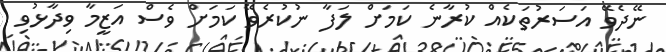
ނޭދެވޭ އަސަރުތަކެއް ކުރާނެ ކަމަށް ލަފާ ނުކުރެވޭ ކަމަށް ވެސް އަޒީމާ ވިދާޅުވި